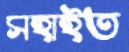
সহাইত